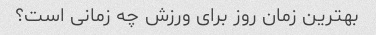
بهترین زمان روز برای ورزش چه زمانی است؟